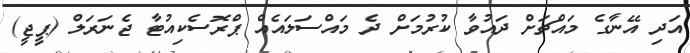
އަދި އޭނާގެ މައްޗަށް ދައުވާ ކުރުމަށް ދެ މައްސަލައެއް ޕްރޮސެކިއުޓާ ޖެނަރަލް (ޕީޖީ)